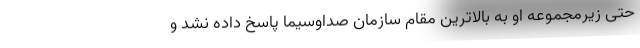
حتی زیرمجموعه او به بالاترین مقام سازمان صداوسیما پاسخ داده نشد و